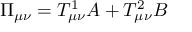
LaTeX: \Pi _ { \mu \nu } = T _ { \mu \nu } ^ { 1 } A + T _ { \mu \nu } ^ { 2 } B